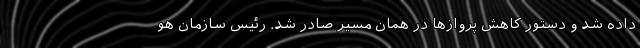
داده شد و دستور کاهش پروازها در همان مسیر صادر شد. رئیس سازمان هو